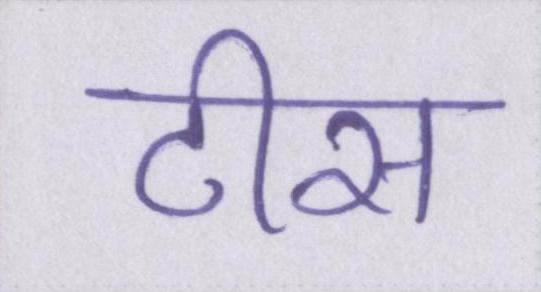
टीस